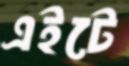
এইটে